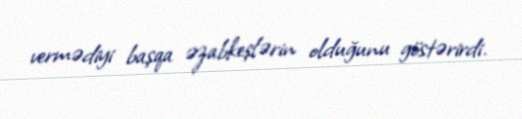
vermədiyi başqa əzabkeşlərin olduğunu göstərirdi.